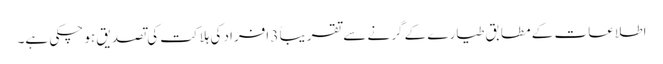
اطلاعات کے مطابق طیارے کے گِرنے سے تقریباً 3 افراد کی ہلاکت کی تصدیق ہو چکی ہے۔